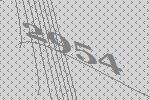
2954